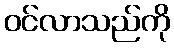
ဝင်လာသည်ကို